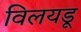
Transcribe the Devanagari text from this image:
विलयडू